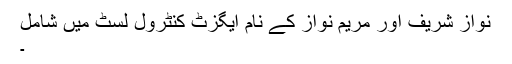
نواز شریف اور مریم نواز کے نام ایگزٹ کنٹرول لسٹ میں شامل
۔